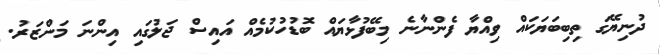
ދުނިޔޭގަ ތިބިބަޔަކައް ވިއްޔާ ފެންނާނެ މިބޭފުޅާޔައް ބޮޑުހުކުމެއް އައިސް ޖަލުގައި އިންނަ މަންޒަރު.